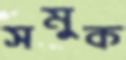
সমুক